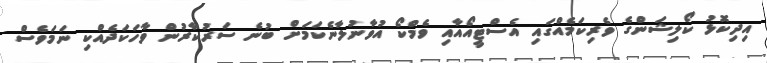
އިދިކޮޅު ކޯލިޝަންގެ ވެރިކަމެއްގައި އެސްޓީއޯއާއި ވެމްކޯ އުވާނުލާނެކަމަށް ބުނެ ސަރުކާރުން ވާހަކަދެއްކި ނަމަވެސް